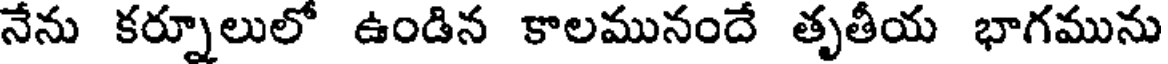
నేను కర్నూలులో ఉండిన కాలమునందే తృతీయ భాగమును